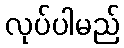
လုပ်ပါမည်